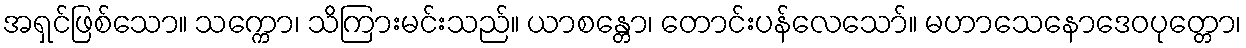
အရှင်ဖြစ်သော။ သက္ကော၊ သိကြားမင်းသည်။ ယာစန္တော၊ တောင်းပန်လေသော်။ မဟာသေနောဒေဝပုတ္တော၊